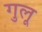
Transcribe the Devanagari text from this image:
गुलू